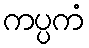
ကပ္ပကံ